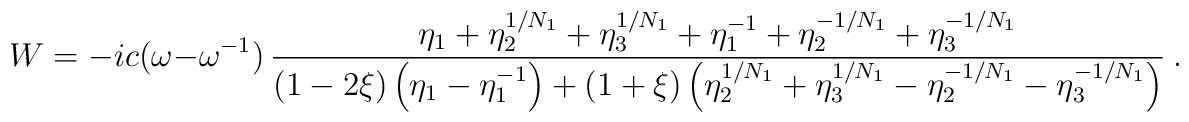
W=-ic(\omega-\omega^{-1})\,{\eta_1+\eta_2^{1/N_1}+\eta_3^{1/N_1}+ \eta_1^{-1}+\eta_2^{-1/N_1}+\eta_3^{-1/N_1} \over (1-2\xi) \left(\eta_1-\eta_1^{-1}\right)+(1+\xi) \left(\eta_2^{1/N_1}+\eta_3^{1/N_1}-               \eta_2^{-1/N_1}-\eta_3^{-1/N_1}\right)} \ .